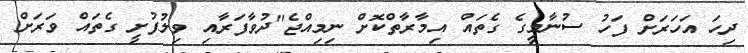
ދިހަ އަހަރަށް ފަހު ސުނާމީގެ ގެތައް އިމާރާތްކޮށް ނިމިއްޖެ"ދުވާފަރާއި ވިލުފުށީ ގެތައް ވަރަށް